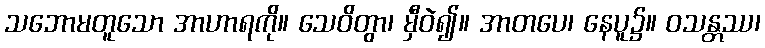
သဘောမတူသော အာဟာရကို။ သေဝိတွာ၊ မှီဝဲ၍။ အာတပေ၊ နေပူ၌။ ဝသန္တဿ၊